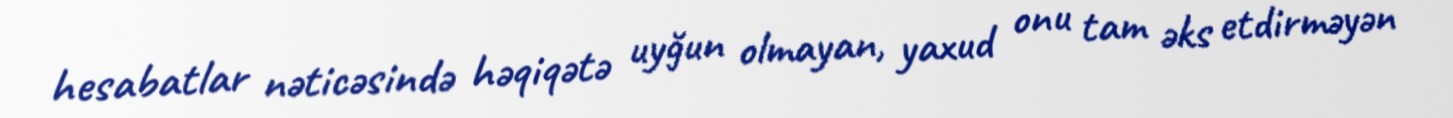
hesabatlar nəticəsində həqiqətə uyğun olmayan, yaxud onu tam əks etdirməyən